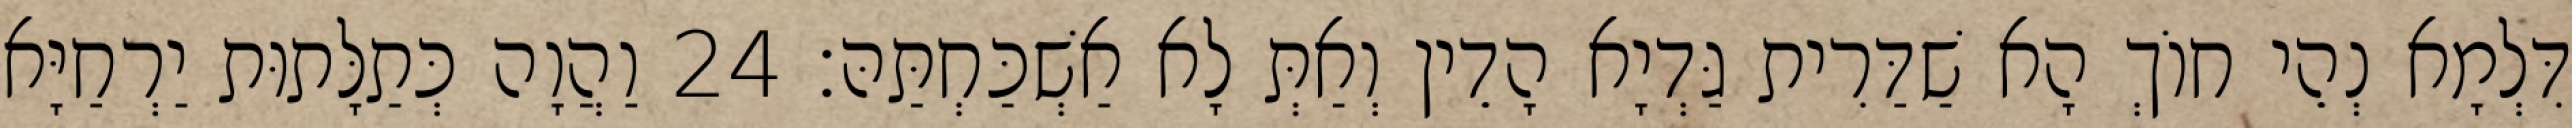
דִּלְמָא נְהֵי חוֹךְ הָא שַׁדַּרִית גַּדְיָא הָדֵין וְאַתְּ לָא אַשְׁכַּחְתַּהּ׃ 24 וַהֲוָה כְּתַלָּתוּת יַרְחַיָּא